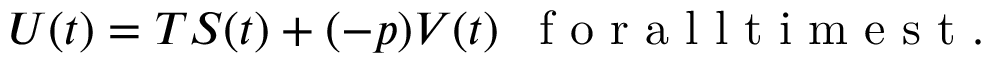
U ( t ) = T S ( t ) + ( - p ) V ( t ) \enspace \mathrm { ~ f ~ o ~ r ~ a ~ l ~ l ~ t ~ i ~ m ~ e ~ s ~ t ~ } .